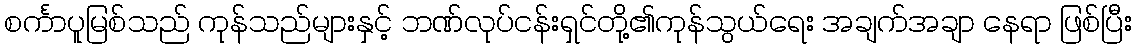
စင်္ကာပူမြစ်သည် ကုန်သည်များနှင့် ဘဏ်လုပ်ငန်းရှင်တို့၏ကုန်သွယ်ရေး အချက်အချာ နေရာ ဖြစ်ပြီး